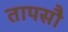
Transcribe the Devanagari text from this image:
तापसौ